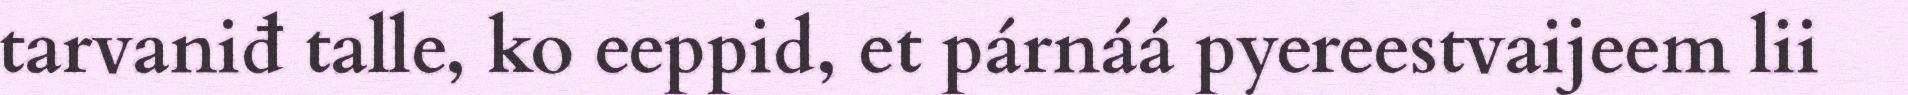
tarvaniđ talle, ko eeppid, et párnáá pyereestvaijeem lii